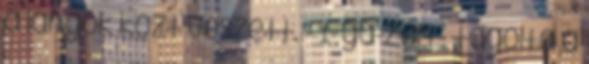
a lángok közt veszett. - I-ga-zán - tagolta a